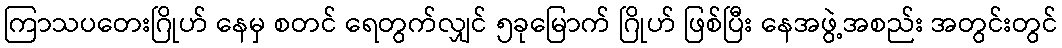
ကြာသပတေးဂြိုဟ် နေမှ စတင် ရေတွက်လျှင် ၅ခုမြောက် ဂြိုဟ် ဖြစ်ပြီး နေအဖွဲ့အစည်း အတွင်းတွင်